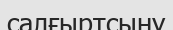
салғыртсыну